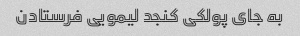
به جای پولکی کنجد لیمویی فرستادن